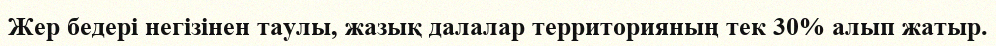
Жер бедері негізінен таулы, жазық далалар территорияның тек 30% алып жатыр.